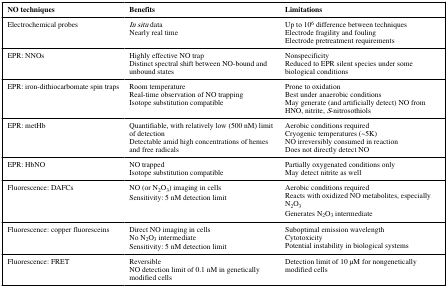
| NO techniques | Benefits | Limitations |
 | --- | --- | --- |
 | Electrochemical probes | In situ dataNearly real time | Up to 106 difference between techniquesElectrode fragility and foulingElectrode pretreatment requirements |
 | EPR: NNOs | Highly effective NO trapDistinct spectral shift between NO-bound and unbound states | NonspecificityReduced to EPR silent species under some biological conditions |
 | EPR: iron-dithiocarbomate spin traps | Room temperatureReal-time observation of NO trappingIsotope substitution compatible | Prone to oxidationBest under anaerobic conditionsMay generate (and artificially detect) NO from HNO, nitrite, S-nitrosothiols |
 | EPR: metHb | Quantifiable, with relatively low (500 nM) limit of detectionDetectable amid high concentrations of hemes and free radicals | Aerobic conditions requiredCryogenic temperatures (~5K)NO irreversibly consumed in reactionDoes not directly detect NO |
 | EPR: HbNO | NO trappedIsotope substitution compatible | Partially oxygenated conditions onlyMay detect nitrite as well |
 | Fluorescence: DAFCs | NO (or N2O3) imaging in cellsSensitivity: 5 nM detection limit | Aerobic conditions requiredReacts with oxidized NO metabolites, especially N2O3Generates N2O3 intermediate |
 | Fluorescence: copper fluoresceins | Direct NO imaging in cellsNo N2O3 intermediateSensitivity: 5 nM detection limit | Suboptimal emission wavelengthCytotoxicityPotential instability in biological systems |
 | Fluorescence: FRET | ReversibleNO detection limit of 0.1 nM in genetically modified cells | Detection limit of 10 μM for nongenetically modified cells |